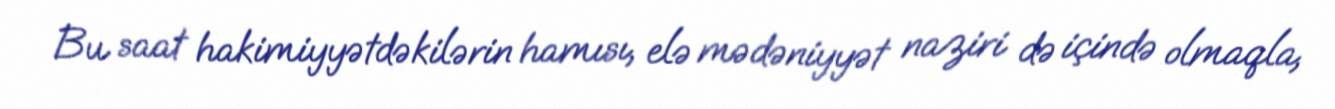
Bu saat hakimiyyətdəkilərin hamısı, elə mədəniyyət naziri də içində olmaqla,